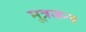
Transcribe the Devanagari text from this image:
मूत्रजन्य